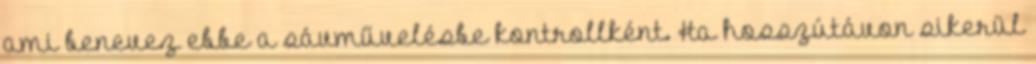
ami benevez ebbe a sávművelésbe kontrollként. Ha hosszútávon sikerül